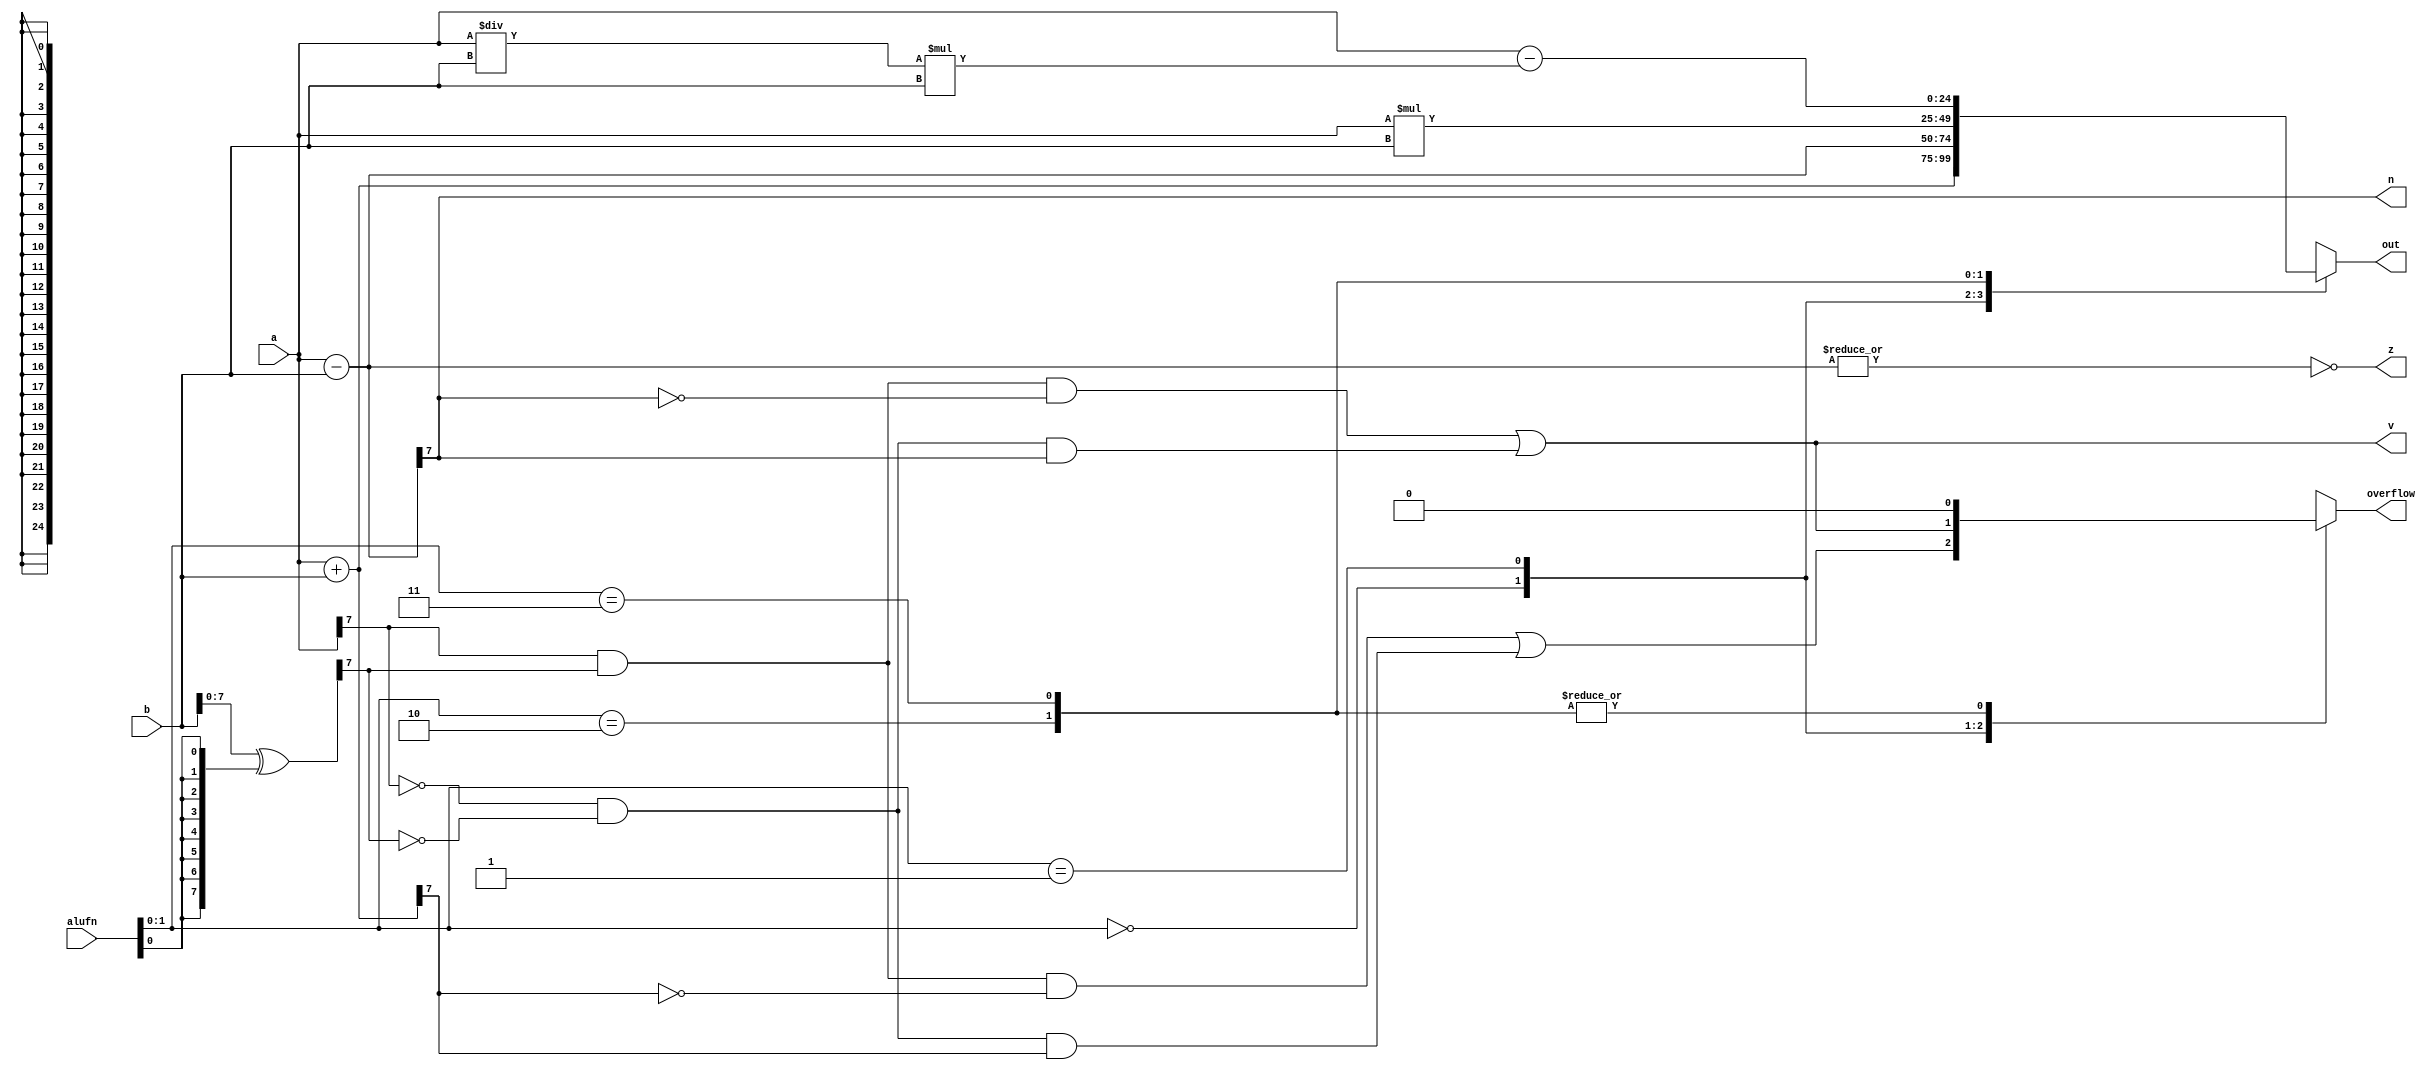
/*
   This file was generated automatically by the Mojo IDE version B1.3.6.
   Do not edit this file directly. Instead edit the original Lucid source.
   This is a temporary file and any changes made to it will be destroyed.
*/

module adder_25 (
    input [24:0] a,
    input [24:0] b,
    input [5:0] alufn,
    output reg z,
    output reg v,
    output reg n,
    output reg overflow,
    output reg [24:0] out
  );
  
  
  
  reg [24:0] xA;
  
  reg [24:0] xB;
  
  reg [24:0] s;
  
  reg [24:0] compare_sum;
  
  always @* begin
    compare_sum = a - b;
    overflow = 1'h0;
    xA = a;
    xB = b ^ {4'h8{alufn[0+0-:1]}};
    
    case (alufn[0+1-:2])
      2'h0: begin
        s = a + b;
        overflow = (xA[7+0-:1] & xB[7+0-:1] & ~s[7+0-:1]) | (~xA[7+0-:1] & ~xB[7+0-:1] & s[7+0-:1]);
      end
      2'h1: begin
        s = a - b;
        overflow = (xA[7+0-:1] & xB[7+0-:1] & ~s[7+0-:1]) | (~xA[7+0-:1] & ~xB[7+0-:1] & s[7+0-:1]);
      end
      2'h2: begin
        s = a * b;
      end
      2'h3: begin
        s = a - (a / b * b);
      end
      default: begin
        s = a + b;
      end
    endcase
    z = (~|compare_sum);
    n = compare_sum[7+0-:1];
    v = (xA[7+0-:1] & xB[7+0-:1] & ~compare_sum[7+0-:1]) | (~xA[7+0-:1] & ~xB[7+0-:1] & compare_sum[7+0-:1]);
    out = s;
  end
endmodule